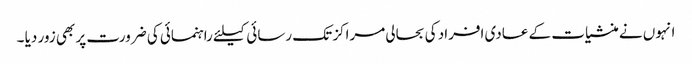
انہوں نے منشیات کے عادی افراد کی بحالی مراکز تک رسائی کیلئے راہنمائی کی ضرورت پر بھی زور دیا ۔